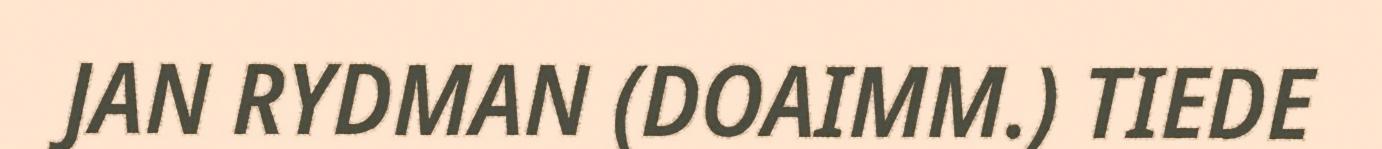
JAN RYDMAN (DOAIMM.) TIEDE